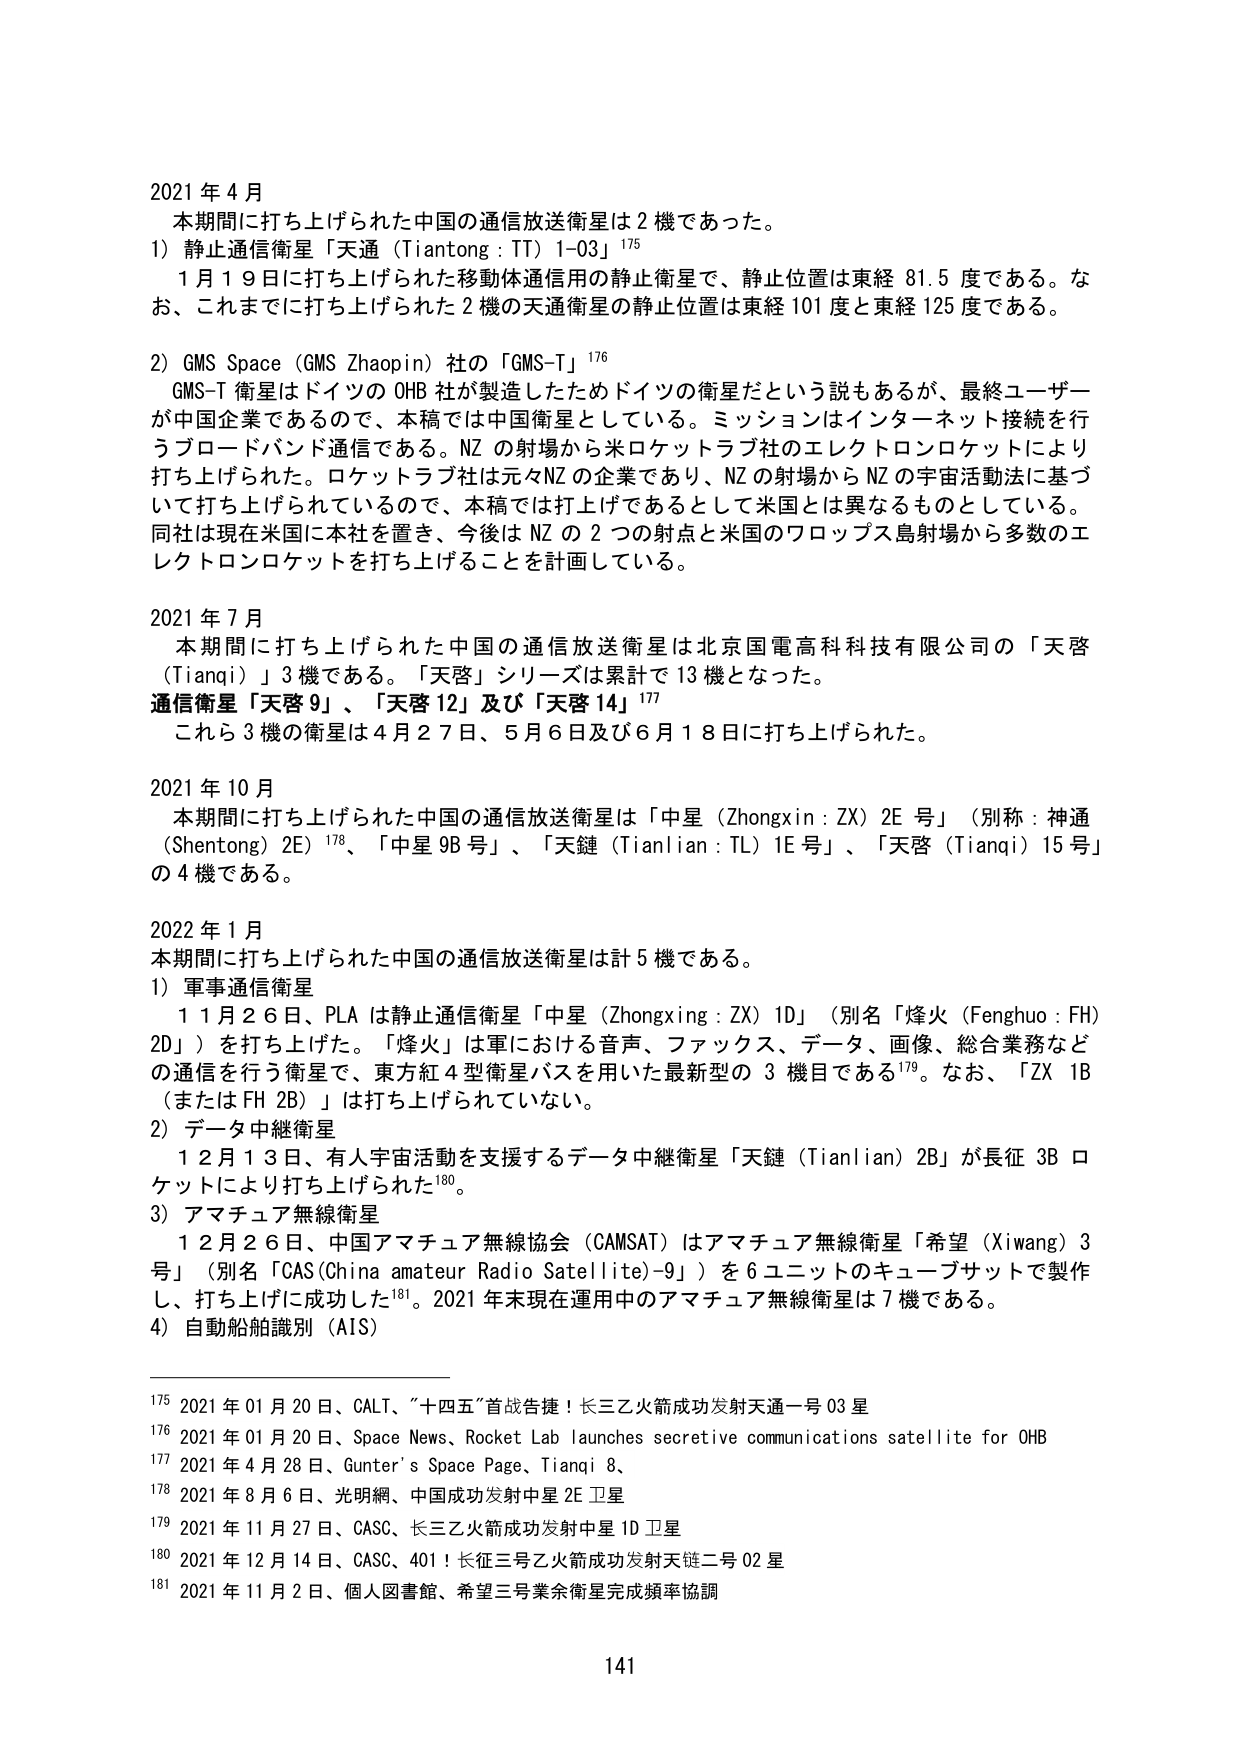
2021 年 4 月
本期間に打ち上げられた中国の通信放送衛星は 2 機であった。
1）静止通信衛星「天通（Tiantong : TT）1-03」¹⁷⁵
　1 月 1 9 日に打ち上げられた移動体通信用の静止衛星で、静止位置は東経 81.5 度である。なお、これまでに打ち上げられた 2 機の天通衛星の静止位置は東経 101 度と東経 125 度である。
2）GMS Space（GMS Zhaopin）社の「GMS-T」¹⁷⁶
　GMS-T 衛星はドイツの OHB 社が製造したためドイツの衛星だという説もあるが、最終ユーザーが中国企業であるので、本稿では中国衛星としている。ミッションはインターネット接続を行うブロードバンド通信である。NZ の射場から米ロケットラブ社のエレクトロンロケットにより打ち上げられた。ロケットラブ社は元々NZ の企業であり、NZ の射場から NZ の宇宙活動法に基づいて打ち上げられているので、本稿では打上げであるとして米国とは異なるものとしている。同社は現在米国に本社を置き、今後は NZ の 2 つの射点と米国のワロップス島射場から多数のエレクトロンロケットを打ち上げることを計画している。

2021 年 7 月
　本期間に打ち上げられた中国の通信放送衛星は北京国電高科科技有限公司の「天啓（Tianqi）」3 機である。「天啓」シリーズは累計で 13 機となった。
通信衛星「天啓 9」、「天啓 12」及び「天啓 14」¹⁷⁷
　これら 3 機の衛星は 4 月 2 7 日、5 月 6 日及び 6 月 1 8 日に打ち上げられた。

2021 年 10 月
　本期間に打ち上げられた中国の通信放送衛星は「中星（Zhongxin : ZX）2E 号」（別称：神通（Shentong）2E）¹⁷⁸、「中星 9B 号」、「天鏈（Tianlian : TL）1E 号」、「天啓（Tianqi）15 号」の 4 機である。

2022 年 1 月
本期間に打ち上げられた中国の通信放送衛星は計 5 機である。
1）軍事通信衛星
　1 1 月 2 6 日、PLA は静止通信衛星「中星（Zhongxing : ZX）1D」（別名「烽火（Fenghuo : FH）2D」）を打ち上げた。「烽火」は軍における音声、ファックス、データ、画像、総合業務などの通信を行う衛星で、東方紅 4 型衛星バスを用いた最新型の 3 機目である¹⁷⁹。なお、「ZX 1B（または FH 2B）」は打ち上げられていない。
2）データ中継衛星
　1 2 月 1 3 日、有人宇宙活動を支援するデータ中継衛星「天鏈（Tianlian）2B」が長征 3B ロケットにより打ち上げられた¹⁸⁰。
3）アマチュア無線衛星
　1 2 月 2 6 日、中国アマチュア無線協会（CAMSAT）はアマチュア無線衛星「希望（Xiwang）3 号」（別名「CAS(China amateur Radio Satellite)-9」）を 6 ユニットのキューブサットで製作し、打ち上げに成功した¹⁸¹。2021 年末現在運用中のアマチュア無線衛星は 7 機である。
4）自動船舶識別（AIS）

¹⁷⁵ 2021 年 01 月 20 日、CALT、「十四五”首战告捷！长三乙火箭成功发射天通一号 03 星
¹⁷⁶ 2021 年 01 月 20 日、Space News、Rocket Lab launches secretive communications satellite for OHB
¹⁷⁷ 2021 年 4 月 28 日、Gunter’s Space Page、Tianqi 8、
¹⁷⁸ 2021 年 8 月 6 日、光明網、中国成功发射中星 2E 卫星
¹⁷⁹ 2021 年 11 月 27 日、CASC、长三乙火箭成功发射中星 1D 卫星
¹⁸⁰ 2021 年 12 月 14 日、CASC、401！长征三号乙火箭成功发射天链二号 02 星
¹⁸¹ 2021 年 11 月 2 日、個人図書館、希望三号业余衛星完成頻率協調

141